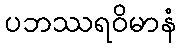
ပဘဿရဝိမာနံ